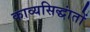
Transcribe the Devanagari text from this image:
काव्यसिद्धांतों